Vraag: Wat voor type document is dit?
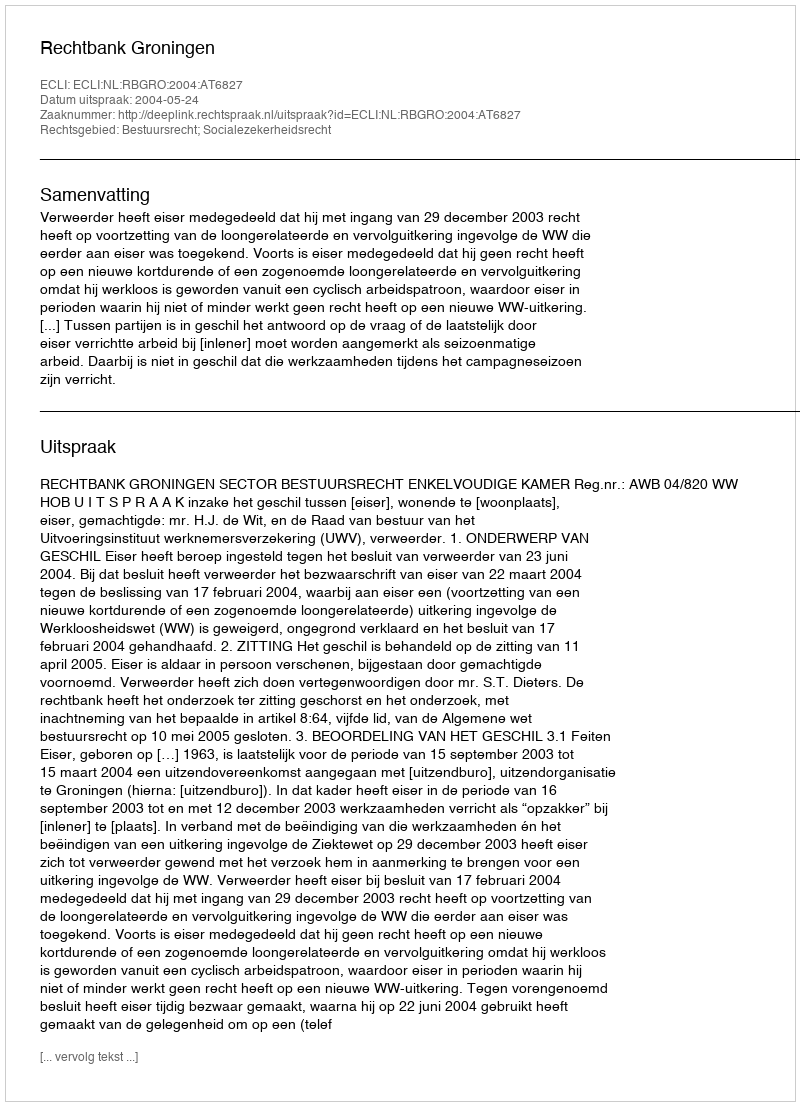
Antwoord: Uitspraak